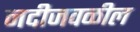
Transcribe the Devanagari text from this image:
नदीजवळील